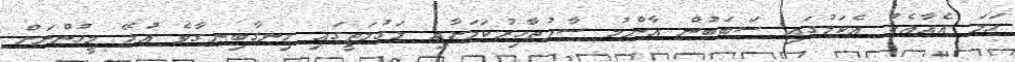
ހަމަ އެއާއެކު އެކަމުގައި ސަބަބުން އާންމު ސާފުތާހިރުކަމަށާއި މަގުމަތީގައި ހިނގާބިނގާވެ އުޅޭ މީހުންނަށް